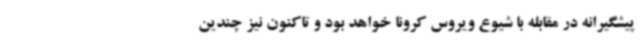
پیشگیرانه در مقابله با شیوع ویروس کرونا خواهد بود و تاکنون نیز چندین